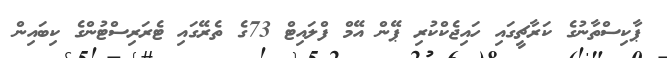
ޕާކިސްތާނުގެ ކަރާޗީގައި ހައިޖެކްކުރި ޕޭން އޭމް ފްލައިޓް 73ގެ ތެރޭގައި ޓެރަރިސްޓުންގެ ކިބައިން